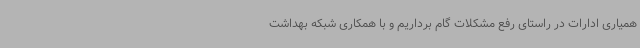
همیاری ادارات در راستای رفع مشکلات گام برداریم و با همکاری شبکه بهداشت